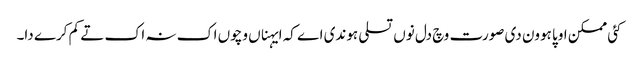
کئی ممکن اوپا ہوون دی صورت وچ دل نوں تسلی ہوندی اے کہ ایہناں وچوں اک نہ اک تے کم کرے دا۔